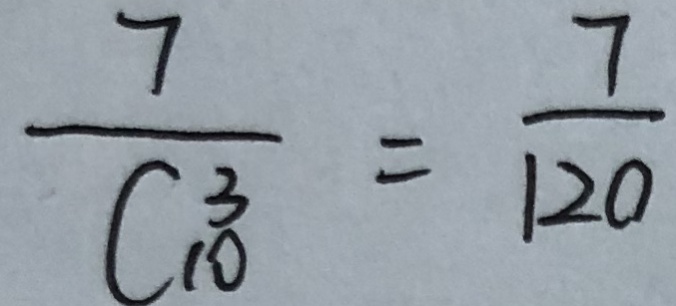
\frac { 7 } { C _ { 1 0 } ^ { 3 } } = \frac { 7 } { 1 2 0 }